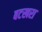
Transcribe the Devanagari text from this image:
बटखरा